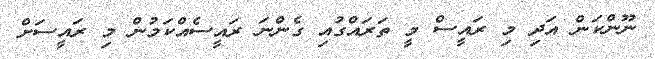
ނޫންކަން އަދި މި ރައީސް މީ ތަރައްގުއި ގެންނަ ރައީސެއްކަމުން މި ރައީސަށް